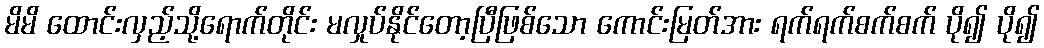
မိမိ ထောင်းလှည့်သို့ရောက်တိုင်း မလှုပ်နိုင်တော့ပြီဖြစ်သော ကောင်းမြတ်အား ရက်ရက်စက်စက် ပို၍ ပို၍